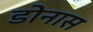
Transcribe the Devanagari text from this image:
डोनास